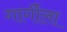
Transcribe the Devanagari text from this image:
गार्गीला